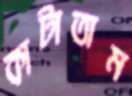
কাটাতাম